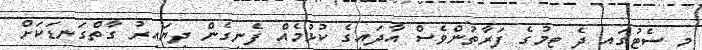
މި ސެޓުގައި ދެ ޓީމުގެ ފަރާތުންވެސް އާދައިގެ ކުޅުމެއް ފެނިގެން ދިޔައިރު ގާތްގަނޑަކަށް